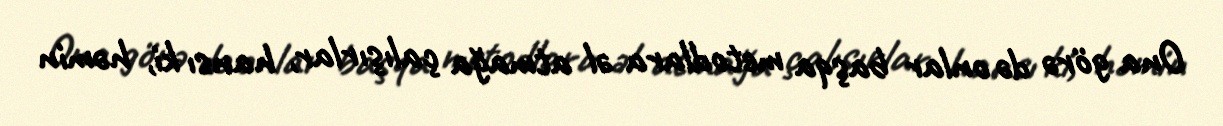
Ona görə də onlar başqa metodlara əl atmağa çalışırlar, hansı ki, həmin